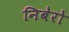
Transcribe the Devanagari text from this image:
निबेरो